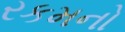
રકમનો